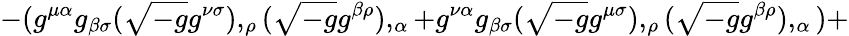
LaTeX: -(g^{\mu\alpha}g_{\beta\sigma}({\sqrt{-g}}g^{\nu\sigma}),_{\rho}({\sqrt{-g}}g^{\beta\rho}),_{\alpha}+g^{\nu\alpha}g_{\beta\sigma}({\sqrt{-g}}g^{\mu\sigma}),_{\rho}({\sqrt{-g}}g^{\beta\rho}),_{\alpha})+